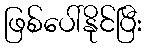
ဖြစ်ပေါ်နိုင်ပြီး